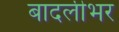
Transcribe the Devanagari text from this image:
बादलीभर